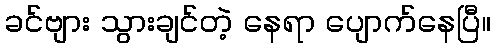
ခင်ဗျား သွားချင်တဲ့ နေရာ ပျောက်နေပြီ။